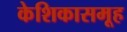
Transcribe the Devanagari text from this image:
केशिकासमूह